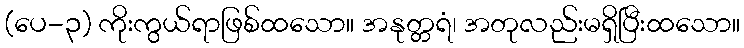
(ပေ-၃) ကိုးကွယ်ရာဖြစ်ထသော။ အနုတ္တရံ၊ အတုလည်းမရှိပြီးထသော။